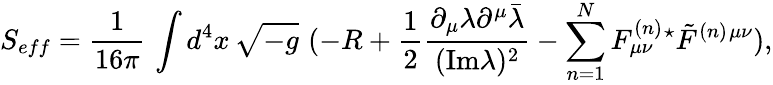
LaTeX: S_{eff}={\frac{1}{16\pi}}\, \int d^{4}x\, \sqrt{-g}\, \, (-R+{\frac{1}{2}}{\frac{\partial_{\mu}\lambda\partial^{\mu}\bar{\lambda}}{(\mathrm{Im}\lambda)^{2}}}-\sum_{n=1}^{N}{F_{\mu\nu}^{(n)}{}^{\star}\tilde{F}^{(n)}{}^{\mu\nu}}),